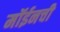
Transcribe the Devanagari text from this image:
मॉईनची